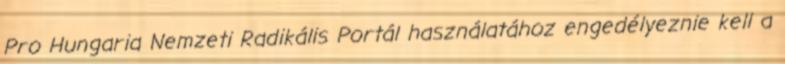
Pro Hungaria Nemzeti Radikális Portál használatához engedélyeznie kell a